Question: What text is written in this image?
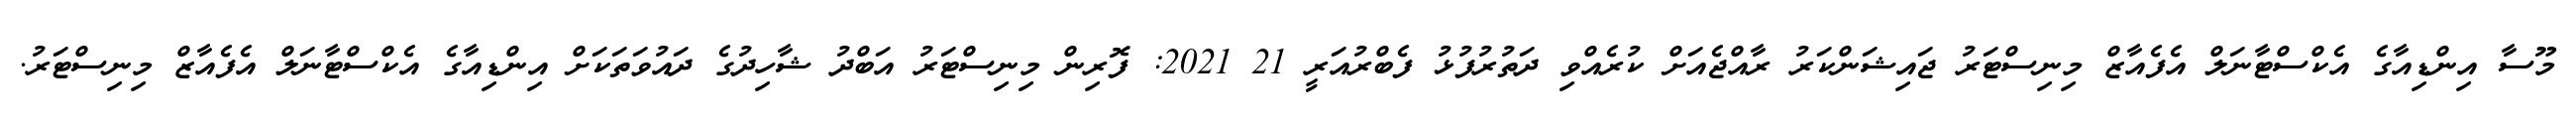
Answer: މޫސާ އިންޑިއާގެ އެކްސްޓާނަލް އެފެއާޒް މިނިސްޓަރު ޖައިޝަންކަރު ރާއްޖެއަށް ކުރެއްވި ދަތުރުފުޅު ފެބްރުއަރީ 21 2021: ފޮރިން މިނިސްޓަރު އަބްދު ޝާހިދުގެ ދައުވަތަކަށް އިންޑިއާގެ އެކްސްޓާނަލް އެފެއާޒް މިނިސްޓަރު.